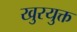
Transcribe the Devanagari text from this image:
खुरयुक्त